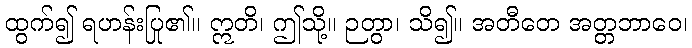
ထွက်၍ ရဟန်းပြု၏။ ဣတိ၊ ဤသို့။ ဉတွာ၊ သိ၍။ အတီတေ အတ္တဘာဝေ၊